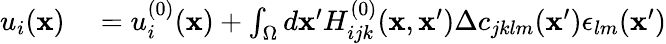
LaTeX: \begin{array}{rl}{u_{i}({\mathbf x})}&{{}=u_{i}^{(0)}({\mathbf x})+\int_{\Omega}d{\mathbf x}^{\prime}H_{ijk}^{(0)}({\mathbf x},{\mathbf x}^{\prime})\Delta c_{jklm}({\mathbf x}^{\prime})\epsilon_{lm}({\mathbf x}^{\prime})}\end{array}